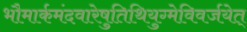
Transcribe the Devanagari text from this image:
भौमार्कमंदवारेषुतिथियुग्मेविवर्जयेत्